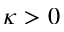
\kappa > 0